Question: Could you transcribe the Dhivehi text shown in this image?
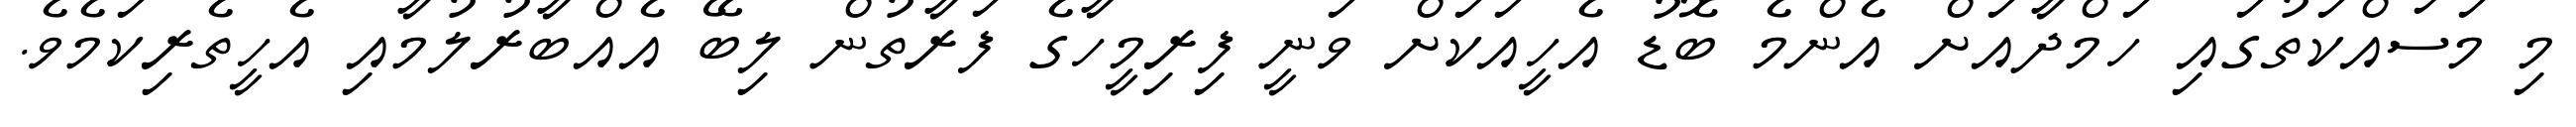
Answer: މި މަސައްކަތުގައި ހަމްދާއަށް އެންމެ ބޮޑު އެހީއަކަށް ވަނީ ފިރިމީހާގެ ފަރާތުން ލިބޭ އެއްބާރުލުމާއި އެހީތެރިކަމެވެ.